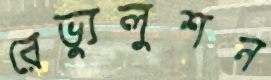
রেভ্যুলুশন